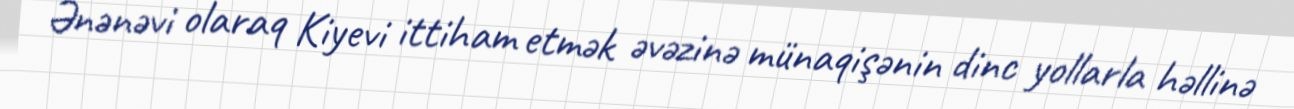
Ənənəvi olaraq Kiyevi ittiham etmək əvəzinə münaqişənin dinc yollarla həllinə